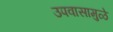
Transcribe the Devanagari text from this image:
उपवासामुळे